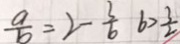
\frac { a } { b } = 2 - \frac { 3 } { 6 } b > \frac { 3 } { 2 }